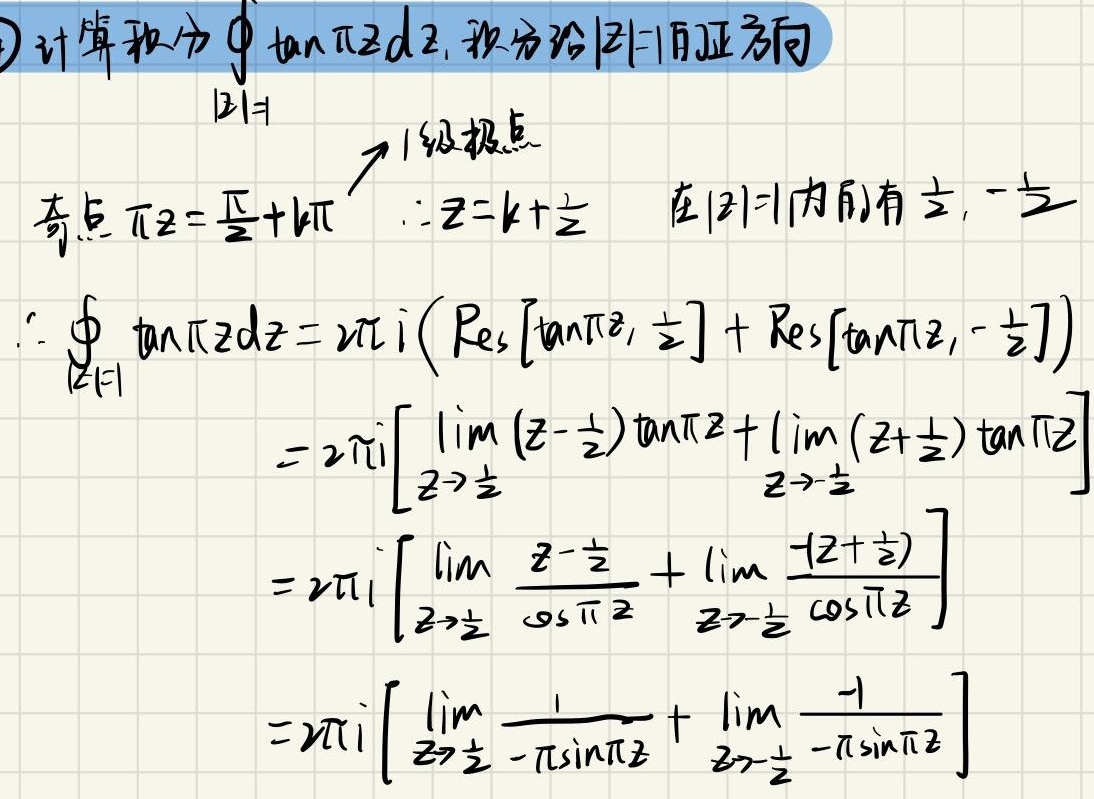
计算积分$\oint_{|z| = 1} \tan(\pi z) \mathrm{d}z$, 积分沿$|z| = 1$取正方向
$|z| = 1$
$\nearrow1级极点$
奇点$\pi z=\frac{\pi}{2}+k\pi$  $\because z = k+\frac{1}{2}$ 在$|z| = 1$内有$\frac{1}{2},-\frac{1}{2}$
$\therefore \oint_{|z| = 1} \tan(\pi z)\mathrm{d}z=2\pi\mathrm{i}\left(\mathrm{Res}\left[\tan(\pi z),\frac{1}{2}\right]+\mathrm{Res}\left[\tan(\pi z),-\frac{1}{2}\right]\right)$
$=2\pi\mathrm{i}\left[\lim_{z \to \frac{1}{2}} \left(z - \frac{1}{2}\right)\tan(\pi z)+\lim_{z \to -\frac{1}{2}} \left(z+\frac{1}{2}\right)\tan(\pi z)\right]$
$=2\pi\mathrm{i}\left[\lim_{z \to \frac{1}{2}} \frac{z - \frac{1}{2}}{\cos(\pi z)}+\lim_{z \to -\frac{1}{2}} \frac{-\left(z+\frac{1}{2}\right)}{\cos(\pi z)}\right]$
$=2\pi\mathrm{i}\left[\lim_{z \to \frac{1}{2}} \frac{1}{-\pi\sin(\pi z)}+\lim_{z \to -\frac{1}{2}} \frac{-1}{-\pi\sin(\pi z)}\right]$